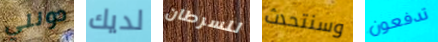
دونلي لديك للسرطان وسنتحدث تدفعون